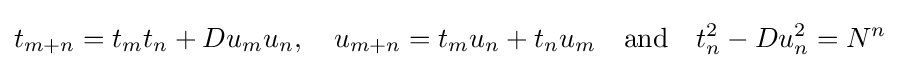
t_{m+n}=t_{m}t_{n}+Du_{m}u_{n},\quad u_{m+n}=t_{m}u_{n}+t_{n}u_{m}\quad {\mbox{and}}\quad t_{n}^{2}-Du_{n}^{2}=N^{n}